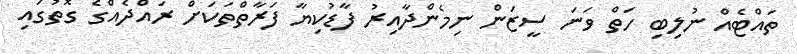
ތައްޓެއް ނުލިބި ހަތް ވަނަ ސީޒަން ނިމެންދާއިރު ފާޑުކިޔާ ފަރާތްތަކަށް ރައްދެއްގެ ގޮތުގައި